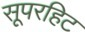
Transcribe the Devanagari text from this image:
सूपरहिट